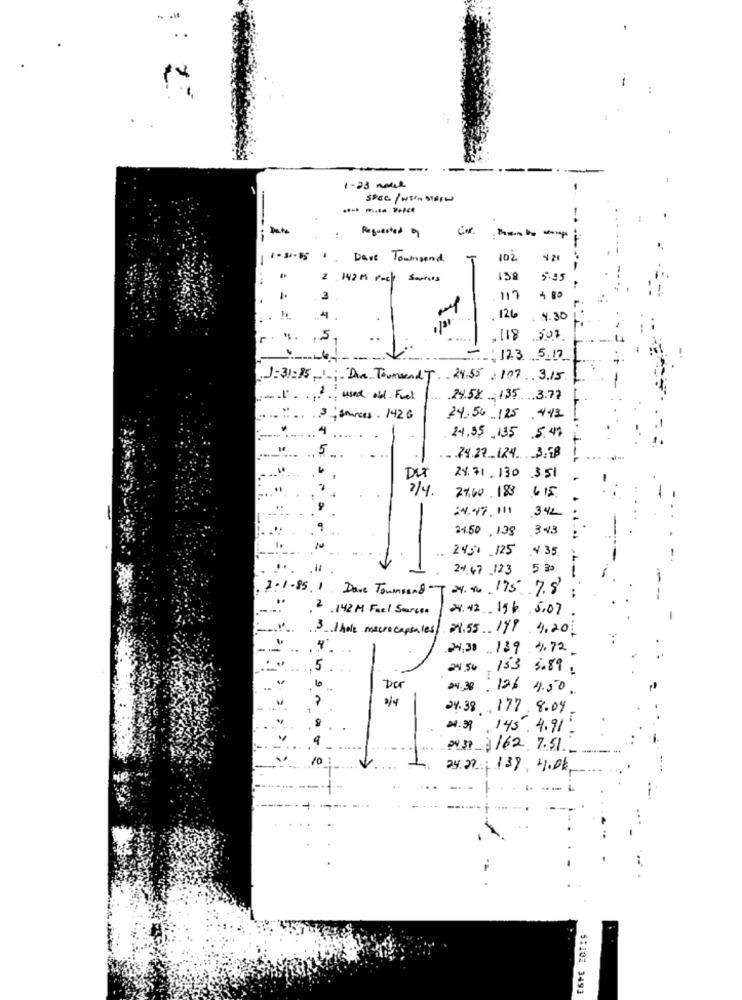
1-23 mobil
Requested of
----
Dave Townsend
T
102
4 21
2 142 M pack sources
5.95
3
117
126
4.30
5
118 207
-.
123 5.17
31:35.
-;- Dare Toumaend T .. 24.55 : 1.07 3.15
used old Fiel
.24.5% . 135 3.77
, smances. 1426
24.56 125.4.43
24,95 135 .5.47
74.22_124. 3.EB 1
DET
24.71-130
.351
2/4.
27.60 183 615
24.97 . 111
342
24.50 , 138
343
..
2451 .125
4.35
24.47 -123
5 3
2.
-85
Dave Townsend -
24. 1. 175 7.8'
.
.142 M Fael Starces
24.42.196 5.07
3 / hole microcapsules
28.55. 199 4.20
24.30139.11.72.
24.50
153 5.89
Der
24.38 126 4.50.
214
24.38.177.8.09.
4.39 , 145.4.91.
@4 37 1162 7.51
10
24.29 ; 138, 4.04.
51102 3493